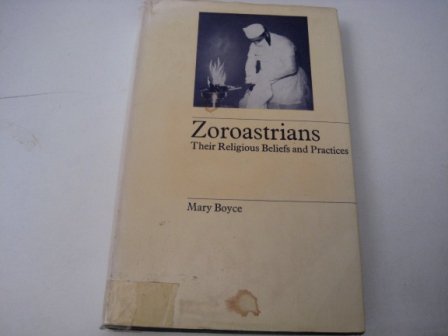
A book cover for Zoroastrians, Their Religious Beliefs and Practices (Library of religious beliefs and practices); Mary Boyce; Religion & Spirituality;